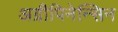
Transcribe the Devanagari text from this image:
अग्रीपिनेन्सिन